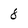
Character: 8